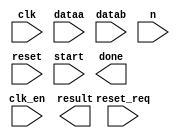

module floatingpoint (
	clk,
	clk_en,
	dataa,
	datab,
	n,
	reset,
	reset_req,
	start,
	done,
	result);	

	input		clk;
	input		clk_en;
	input	[31:0]	dataa;
	input	[31:0]	datab;
	input	[2:0]	n;
	input		reset;
	input		reset_req;
	input		start;
	output		done;
	output	[31:0]	result;
endmodule